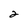
Character: 2